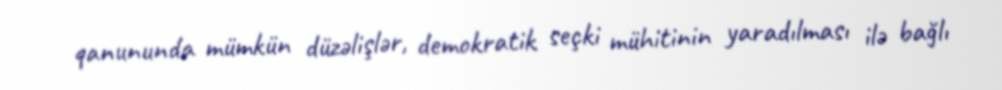
qanununda mümkün düzəlişlər, demokratik seçki mühitinin yaradılması ilə bağlı